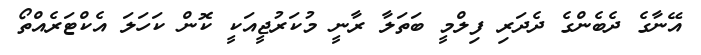
އޭނާގެ ދެބެންގެ ދެދަރި ފިލްމީ ބަތަލާ ރާނީ މުކަރުޖީއަކީ ކޮން ކަހަލަ އެކްޓަރެއްތޯ